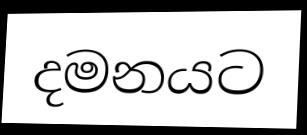
දමනයට